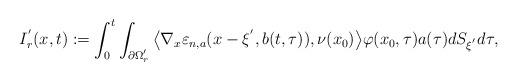
LaTeX: \begin{align*}I_{r}^{'}(x,t):=\int_{0}^{t}\int_{\partial\Omega_{r}^{'}}\big\langle\nabla_{x}\varepsilon_{n, a}(x-\xi^{'},b(t,\tau)),\nu(x_{0})\big\rangle\varphi(x_{0},\tau)a(\tau)dS_{\xi^{'}}d\tau,\end{align*}